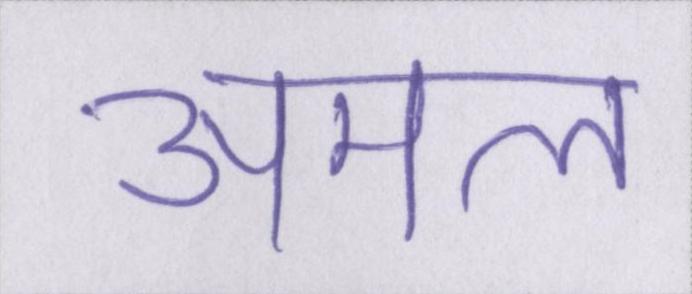
अमल